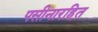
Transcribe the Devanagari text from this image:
पसीनारहित